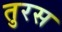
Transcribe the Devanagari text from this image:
तुरस